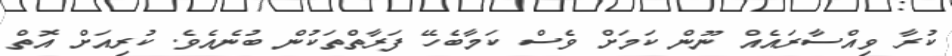
ކުރާ ވިއްސާރައެއް ނޫން ކަމަށް ވެސް ކަމާބެހޭ ފަރާތްތަކުން ބުނެއެވެ. ކުރިއަށް އޮތް